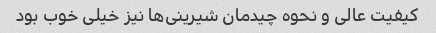
کیفیت عالی و نحوه چیدمان شیرینی‌ها نیز خیلی خوب بود